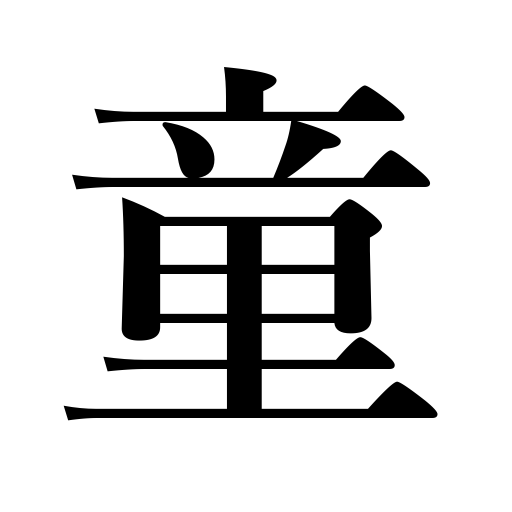
Meanings: child